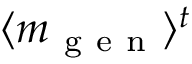
\langle m _ { \mathrm { ~ g ~ e ~ n ~ } } \rangle ^ { t }